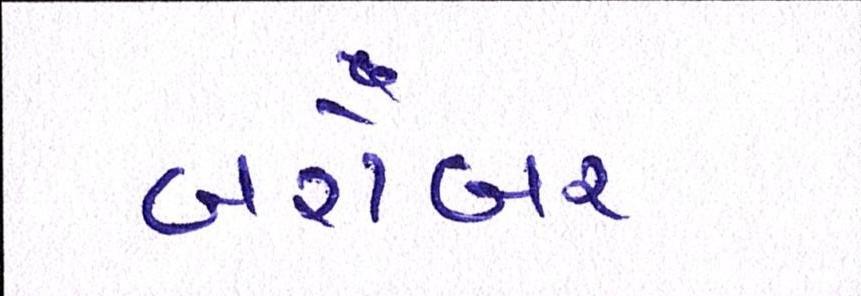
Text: બરોબર